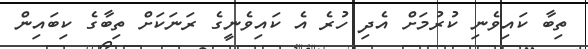
ތިބާ ކައިވެނި ކުރުމަށް އެދި ހުރެ އެ ކައިވެނީގެ ރަނަކަށް ތިބާގެ ކިބައިން